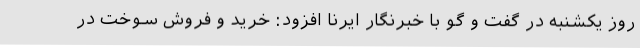
روز یکشنبه در گفت و گو با خبرنگار ایرنا افزود: خرید و فروش سوخت در